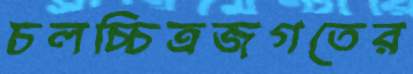
চলচ্চিত্রজগতের